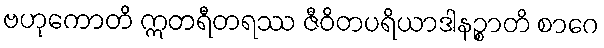
ဗဟုကောတိ ဣတရီတရဿ ဇီဝိတပရိယာဒါနဉ္စာတိ စာဂေ